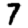
Digit: 7